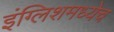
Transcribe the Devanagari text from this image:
इंग्लिशमध्येच